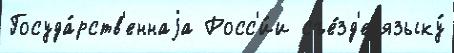
Госуда́рств'еннаjа Росс'и́и съе́зд'е языку́